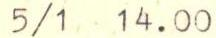
5/1 14.00